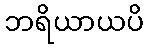
ဘရိယာယပိ